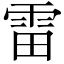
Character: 雷